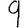
Digit: 9